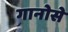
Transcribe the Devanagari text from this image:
गानोसे